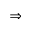
\Rightarrow